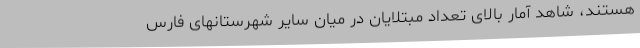
هستند، شاهد آمار بالای تعداد مبتلایان در میان سایر شهرستانهای فارس